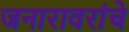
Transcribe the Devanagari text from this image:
जनारावरांचे